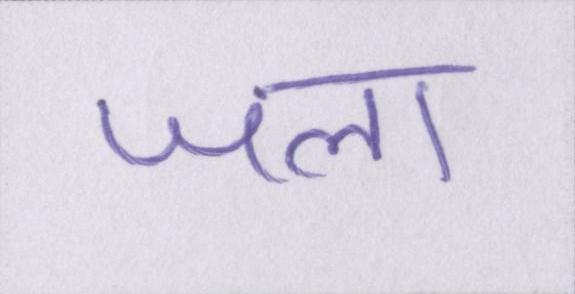
जला